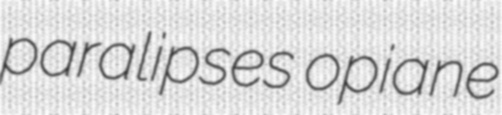
paralipses opiane